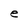
Character: e